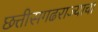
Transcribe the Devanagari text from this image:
छत्तीसगढराज्याचा